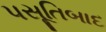
પસૂતિબાદ